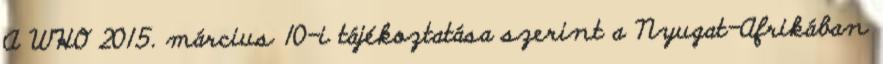
A WHO 2015. március 10-i tájékoztatása szerint a Nyugat-Afrikában